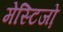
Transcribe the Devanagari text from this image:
मेस्टिजो़